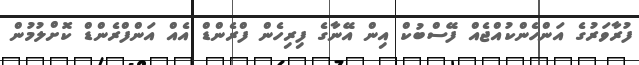
ފުރާވަރުގެ އަންހެންކުއްޖެއް ފޭސްބުކް އިން އޭނާގެ ފިރިހެން ފްރެންޑް އެއް އަންފްރެންޑް ކޮށްލުމުން